Code of medical and sanitary regulations for the guidance of medical officers serving in the Madras Presidency - Volume II
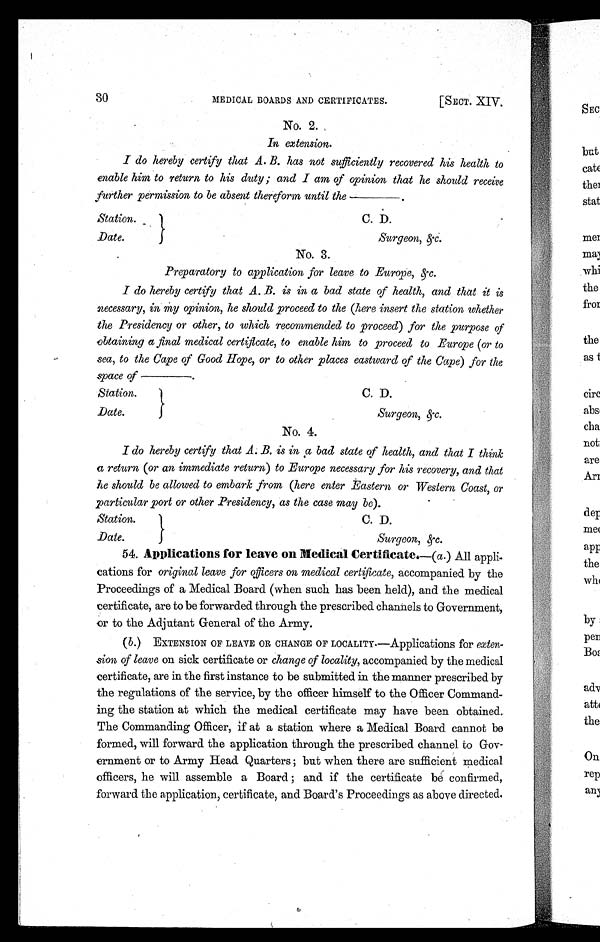
30
MEDICAL BOARDS AND CERTIFICATES.
[SECT. XIV.
No. 2.
In extension.
I do hereby certify that A. B. has not sufficiently recovered his health to
enable him to return to his duty ; and I am of opinion that he should receive
further permission, to be absent thereform until the—————
Station.
C. D.
Date.
Surgeon,&c.
No. 3.
Preparatory to application for leave to Europe, &c.
I do hereby certify that A. B. is in a bad state of health, and that it is
necessary, in my opinion, he should proceed to the (here insert the station whether
the Presidency or other, to which recommended to proceed) for the purpose of
obtaining a final medical certificate, to enable him to proceed to Europe (or to
sea, to the Cape of Good Hope, or to other places eastward of the Cape) for the
space of—————
Station.
C. D.
Date.
Surgeon, &c.
No. 4.
I do hereby certify that A. B. is in a bad state of health, and that I think
a return (or an immediate return) to Europe necessary for his recovery, and that
he should be allowed to embark from (here enter Eastern or Western Coast, or
particular port or other Presidency, as the case may be).
Station.
C. D.
Date.
Surgeon, &c.
54. Applications for leave on Medical Certificate.—(a. ) All appli-
cations for original leave for officers on medical certificate , accompanied by the
Proceedings of a Medical Board (when such has been held), and the medical
certificate, are to be forwarded through the prescribed channels to Government,
or to the Adjutant General of the Army.
( b. ) EXTENSION OF LEAVE OR CHANGE OF LOCALITY.—Applications for exten-
sion of leave on sick certificate or change of locality, accompanied by the medical
certificate, are in the first instance to be submitted in the manner prescribed by
the regulations of the service, by the officer himself to the Officer Command-
ing the station at which the medical certificate may have been obtained.
The Commanding Officer, if at a station where a Medical Board cannot be
formed, will forward the application through the prescribed channel to Gov-
ernment or to Army Head Quarters ; but when there are sufficient medical
officers, he will assemble a Board ; and if the certificate be confirmed,
forward the application, certificate, and Board's Proceedings as above directed.